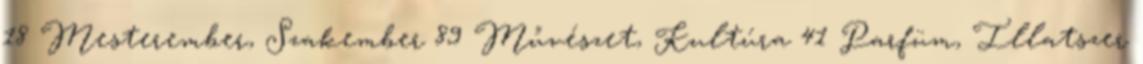
18 Mesterember, Szakember 89 Művészet, Kultúra 41 Parfüm, Illatszer